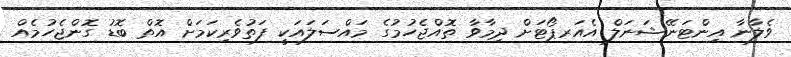
ވެލާނާ އިންޓަނޭޝަނަލް އެއަރޕޯޓަށް ދިމާވާ ތޮއްޖެހުމުގެ މައްސަލައަކީ ފަތުވެރިކަމަށް އޮތް ބޮޑު ގޮންޖެހުމެއް